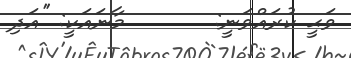
ވަޙީ ކުރައްވަނީ:       މާނައަކީ: ''އަދި